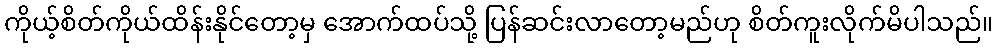
ကိုယ့်စိတ်ကိုယ်ထိန်းနိုင်တော့မှ အောက်ထပ်သို့ ပြန်ဆင်းလာတော့မည်ဟု စိတ်ကူးလိုက်မိပါသည်။